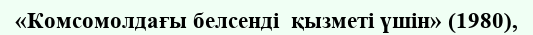
«Комсомолдағы белсенді  қызметі үшін» (1980),